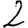
Digit: 2